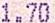
1.70